Scottish Leaving Certificate Examination, 1956
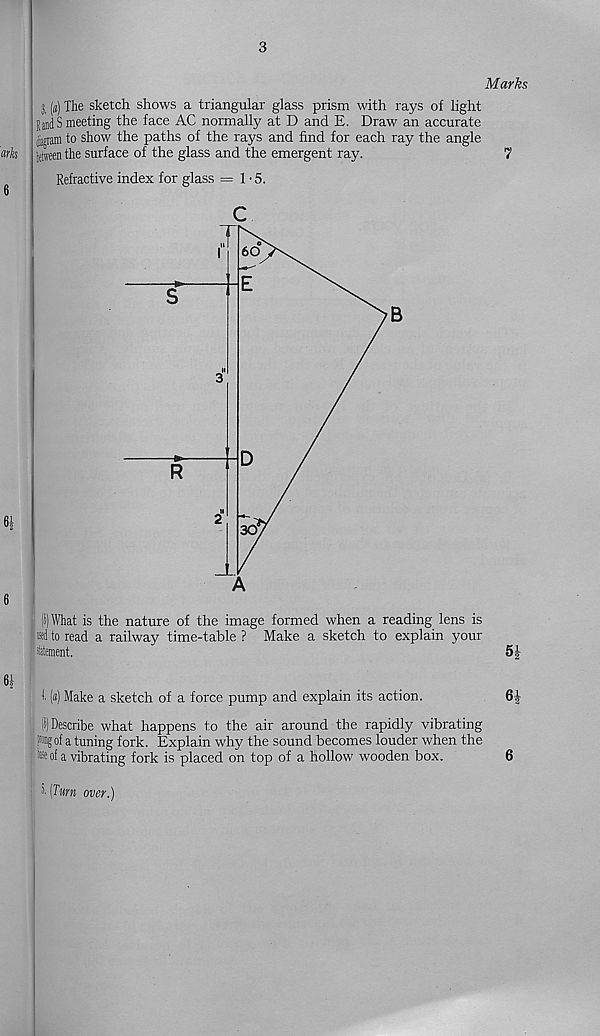
3
Marks
3, («) The sketch shows a triangular glass prism with rays of light
JandS meeting the face AC normally at D and E. Draw an accurate
jiagram to show the paths of the rays and find for each ray the angle
" surface of the glass and the emergent ray.
7
Refractive index for glass =1-5.
B
(IjWhat is the nature of the image formed when a reading lens is
«1 to read a railway time-table ? Make a sketch to explain your
ititement.
5i
1 («) Make a sketch of a force pump and explain its action.
6-^
§ Describe what happens to the air around the rapidly vibrating
of a tuning fork. Explain why the sound becomes louder when the
f a vibrating fork is placed on top of a hollow wooden box.
6
■ (r«TO over.)